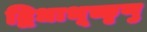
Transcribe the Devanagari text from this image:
द्विधाभूच्छृणु